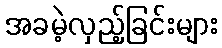
အခမဲ့လှည့်ခြင်းများ